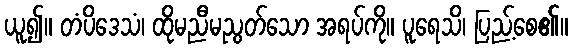
ယူ၍။ တံပိဒေသံ၊ ထိုမညီမညွတ်သော အရပ်ကို။ ပူရေသိ၊ ပြည့်စေ၏။